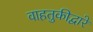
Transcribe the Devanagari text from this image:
वाहतुकीद्वारे